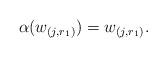
LaTeX: \begin{align*}\alpha(w_{(j,r_1)})=w_{(j,r_1)}.\end{align*}